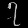
Digit: ၇